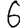
Digit: 6